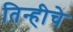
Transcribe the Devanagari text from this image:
तिन्हीचे